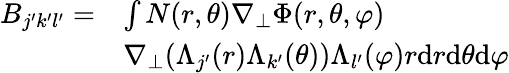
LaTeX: \begin{array}{rl}{B_{j^{\prime}k^{\prime}l^{\prime}}=}&{\int N(r,\theta)\nabla_{\perp}\Phi(r,\theta,\varphi)}\\ &{\nabla_{\perp}(\Lambda_{j^{\prime}}(r)\Lambda_{k^{\prime}}(\theta))\Lambda_{l^{\prime}}(\varphi)r\mathrm{d}r\mathrm{d}\theta\mathrm{d}\varphi}\end{array}